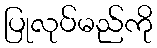
ပြုလုပ်မည်ကို